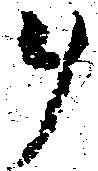
ヲ